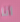
أنا